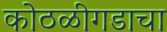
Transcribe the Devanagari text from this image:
कोठळीगडाचा